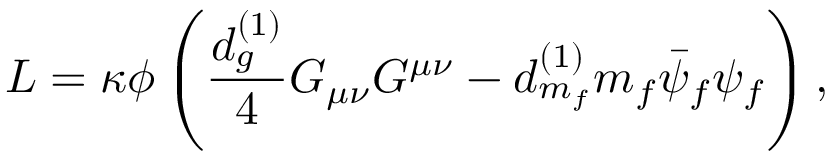
{ \cal L } = \kappa \phi \left( \frac { d _ { g } ^ { ( 1 ) } } { 4 } G _ { \mu \nu } G ^ { \mu \nu } - d _ { m _ { f } } ^ { ( 1 ) } m _ { f } \bar { \psi } _ { f } \psi _ { f } \right) ,